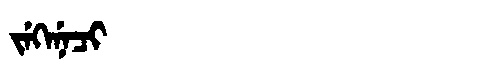
Manchu: ᠵᡝᡴᡝᠨᡝᠴᡳ
Romanization: JEKENECI